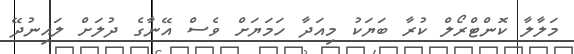
މަލާލާ ކޮންޓްރޯލް ކުރާ ބަޔަކު މިއަދާ ހަމަޔަށް ވެސް އޭނާގެ ދުލަށް ލައިނުދޭ